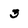
Character: 3